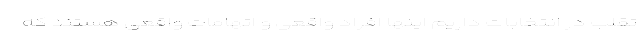
تقلب در انتخابات داریم اینها افراد واقعی و اتهامات واقعی هستند که